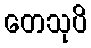
တေသုပိ